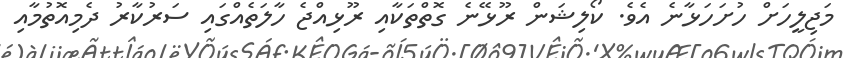
މަޖިލީހަށް ހުށަހަޅާނެ އެވެ. ކޯލިޝަން ރޫޅޭނެ ގޮތްތަކާއި ރޫޅިއްޖެ ހާލަތެއްގައި ސަރުކާރު ދެމިއޮތުމާއި